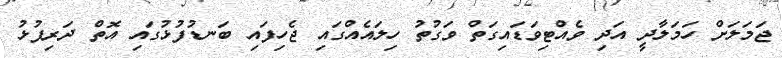
ޖަމަލަށް ހަމަލާދީ އަދި ވެއްޓިވަޑައިގަތް ވަގުތު ހިލައެއްގައި ޖެހިފައި ބަނޑުފުޅުގައި އޮތް ދަރިފުޅު